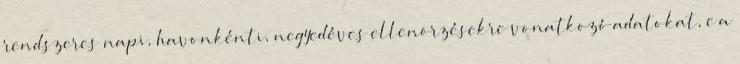
rendszeres napi, havonkénti, negyedéves ellenõrzésekre vonatkozó adatokat, e a